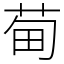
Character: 䓒